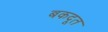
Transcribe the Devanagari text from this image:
बकदूत